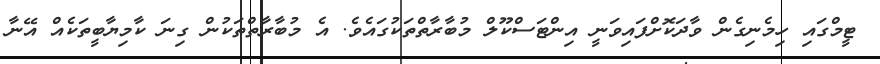
ޓީމްގައި ހިމެނިގެން ވާދަކޮށްފައިވަނީ އިންޓަސްކޫލް މުބާރާތްތަކުގައެވެ. އެ މުބާރާތްތަކުން ގިނަ ކާމިޔާބީތަކެއް އޭނާ